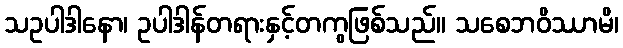
သဥပါဒါနော၊ ဥပါဒါန်တရားနှင့်တကွဖြစ်သည်။ သစေဘဝိဿာမိ၊